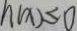
h ( x ) \leq 0